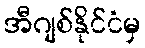
အီဂျစ်နိုင်ငံမှ